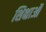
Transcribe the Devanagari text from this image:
शिक्षाऑ